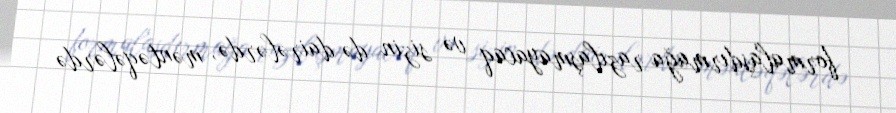
formalaşdırmağa razılaşmayacaq və sizin də dairələrdə, məntəqələrdə